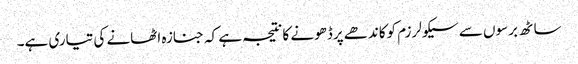
ساٹھ برسوں سے سیکولرزم کوکاندھے پرڈھونے کانتیجہ ہے کہ جنازہ اٹھانے کی تیاری ہے۔